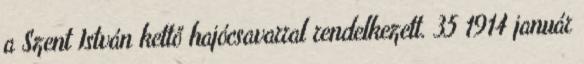
a Szent István kettő hajócsavarral rendelkezett. 35 1914 január